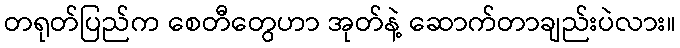
တရုတ်ပြည်က စေတီတွေဟာ အုတ်နဲ့ ဆောက်တာချည်းပဲလား။